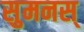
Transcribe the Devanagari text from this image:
सुमनस्